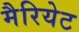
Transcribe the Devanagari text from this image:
मैरियेट